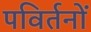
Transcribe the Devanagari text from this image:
पविर्तनों